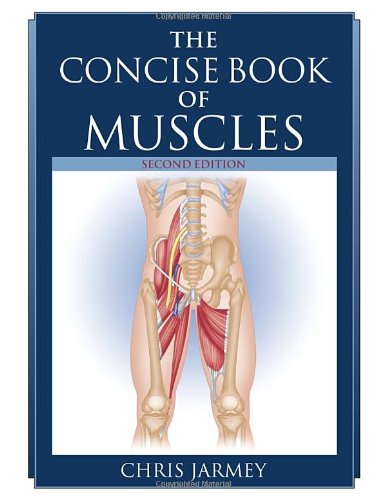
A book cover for The Concise Book of Muscles, Second Edition; Chris Jarmey; Medical Books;